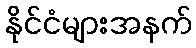
နိုင်ငံများအနက်